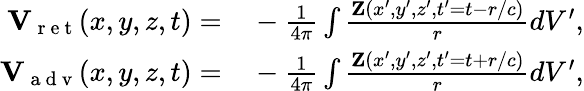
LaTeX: \begin{array}{rl}{{\mathbf V}_{\mathrm{~r~e~t~}}(x,y,z,t)=}&{{}-\frac{1}{4\pi}\int\frac{{\mathbf Z}(x^{\prime},y^{\prime},z^{\prime},t^{\prime}=t-r/c)}{r}dV^{\prime},}\\ {{\mathbf V}_{\mathrm{~a~d~v~}}(x,y,z,t)=}&{{}-\frac{1}{4\pi}\int\frac{{\mathbf Z}(x^{\prime},y^{\prime},z^{\prime},t^{\prime}=t+r/c)}{r}dV^{\prime},}\end{array}